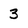
Character: 3